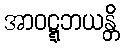
အာဝဋ္ဋဘယန္တိ